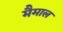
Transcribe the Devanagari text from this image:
मैमाल